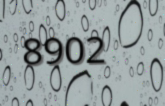
8902